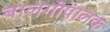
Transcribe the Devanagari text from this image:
बालगोपालक